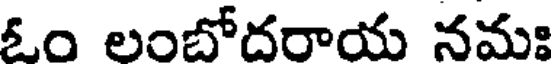
ఓం లంబోదరాయ నమః